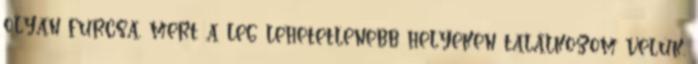
olyan furcsa, mert a leg lehetetlenebb helyeken találkozom velük.